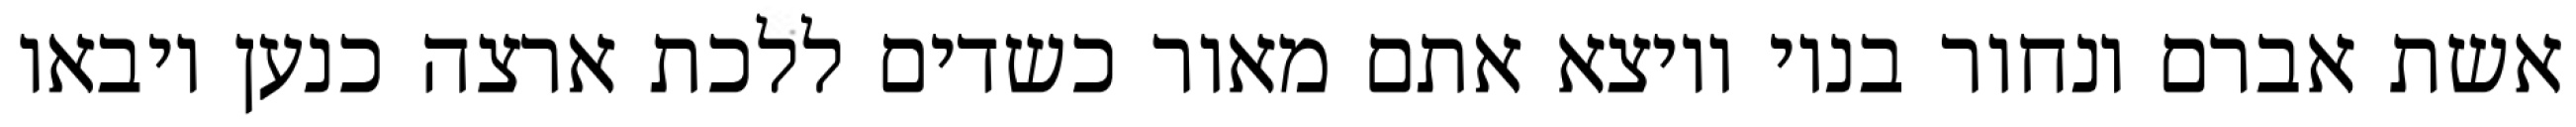
אשת אברם ונחור בניו ויוצא אתם מאור כשדים ללכת ארצה כנען ויבאו